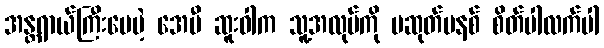
အန္တရာယ်ကြီးပေမဲ့ အေမီ ဆူးဝါက သူ့အလုပ်ကို မဆုတ်မနစ် စိတ်ပါလက်ပါ